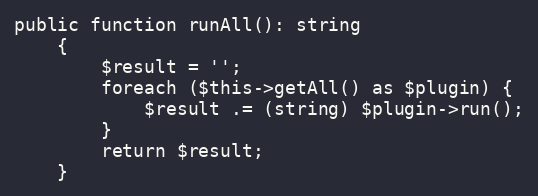
Language: PHP
public function runAll(): string
    {
        $result = '';
        foreach ($this->getAll() as $plugin) {
            $result .= (string) $plugin->run();
        }
        return $result;
    }